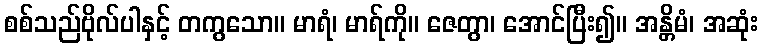
စစ်သည်ဗိုလ်ပါနှင့် တကွသော။ မာရံ၊ မာရ်ကို။ ဇေတွာ၊ အောင်ပြီး၍။ အန္တိမံ၊ အဆုံး